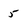
Character: 5